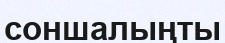
соншалыңты